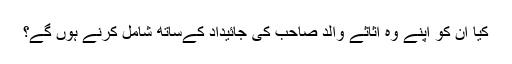
کیا ان کو اپنے وہ اثاثے والد صاحب کی جائیداد کےساتھ شامل کرنے ہوں گے؟